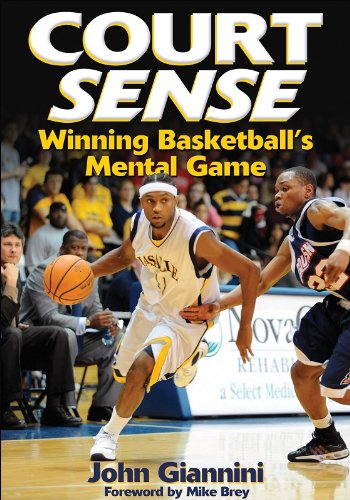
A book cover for Court Sense: Winning Basketball's Mental Game; John Giannini; Sports & Outdoors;